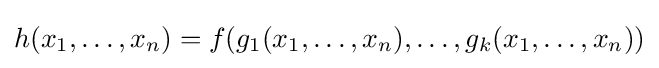
h(x_{1},\dots ,x_{n})=f(g_{1}(x_{1},\dots ,x_{n}),\dots ,g_{k}(x_{1},\dots ,x_{n}))